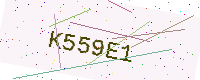
Text: K559E1